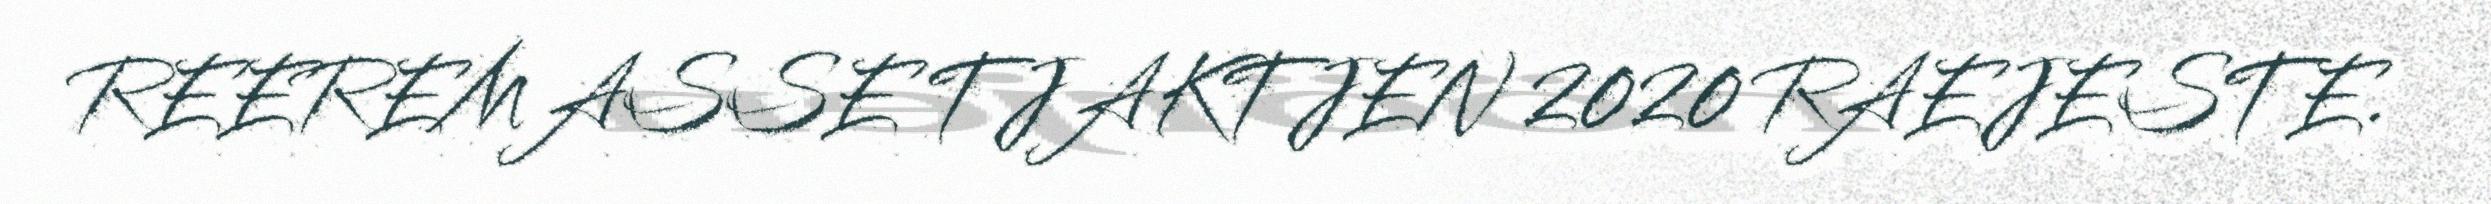
REEREMASSE TJAKTJEN 2020 RAEJESTE.